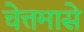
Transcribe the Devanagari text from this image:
चेत्तमासे